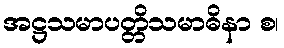
အဋ္ဌသမာပတ္တိသမာဓိနာ စ၊